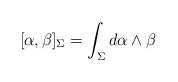
LaTeX: \begin{align*}[\alpha,\beta]_\Sigma=\int_\Sigma d\alpha \wedge \beta\end{align*}